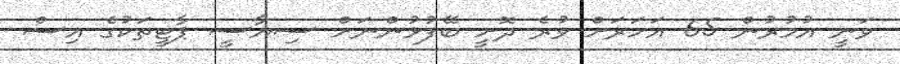
ވަނީ އުމުރުން 65 އަހަރަށް ވުރެ ދޮށީ ބޭފުޅުންނަށް ސިޔާސީ ޕާޓީތަކުގެ އިސް